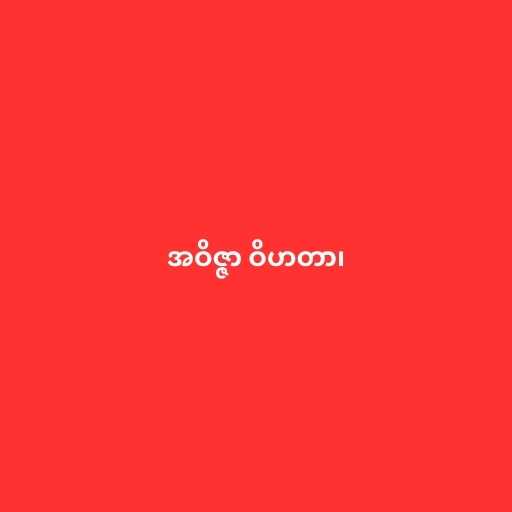
အဝိဇ္ဇာ ဝိဟတာ၊